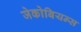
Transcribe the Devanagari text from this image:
जेकोबियन्स